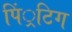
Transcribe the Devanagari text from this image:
पिं्रटिग